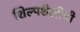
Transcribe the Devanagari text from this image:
शिल्पशैलीची